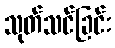
သုတ်သင်ခြင်း